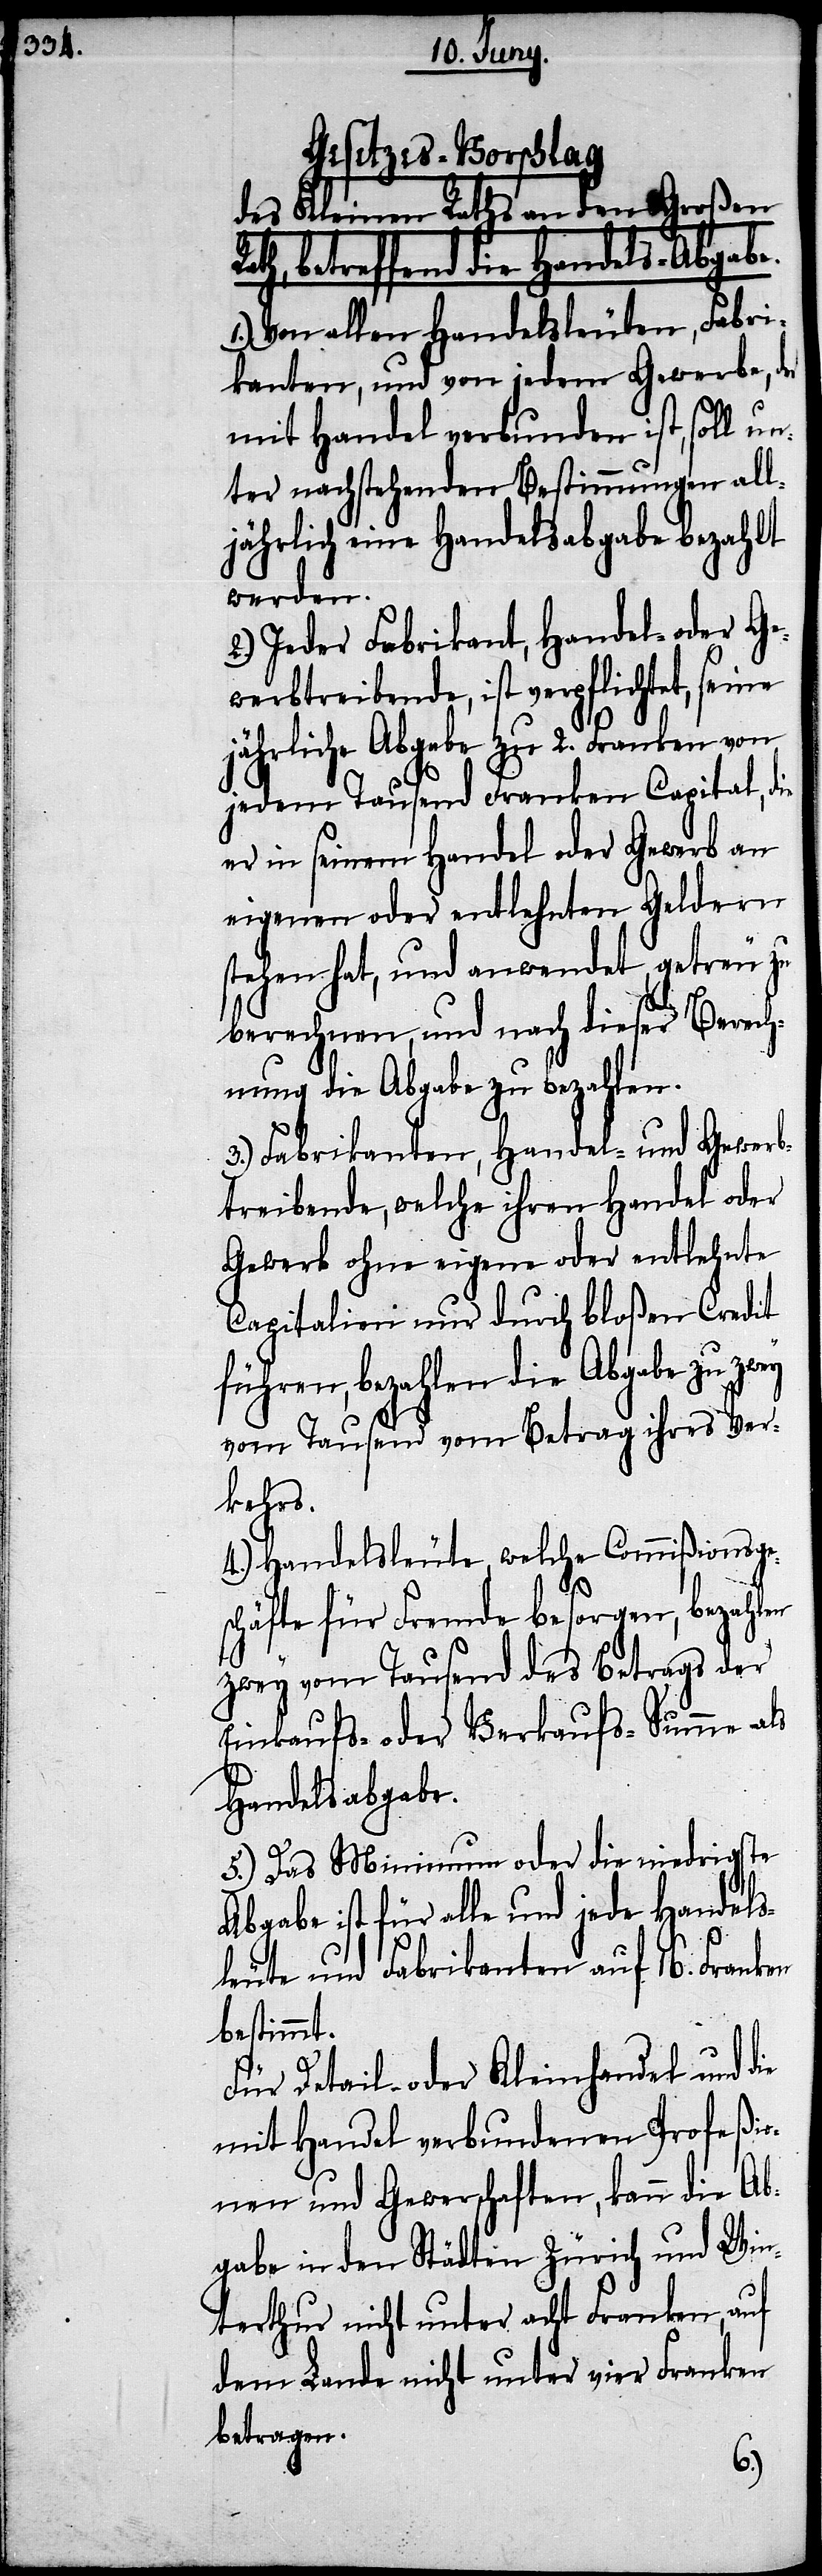
Gesetzes-Vorschlag
des Kleinen Raths an den Großen
ath, betreffend die Handels-Abgabe.
1.) Von allen Handelsleuten, Fabri¬
kanten, und von jedem Gewerbe, der
mit Handel verbunden ist, soll un¬
ter nachstehenden Bestimmungen all¬
jährlich eine Handelsabgabe bezahlt
werden.
2.) Jeder Fabrikant, Handel- oder Ge¬
werbtreibende, ist verpflichtet, seine
jährliche Abgabe zu 2. Franken von
jedem Tausend Franken Capital, die
er in seinem Handel oder Gewerb an
eigenen oder entlehnten Geldern
stehen hat, und anwendet, getreu zu
berechnen, und nach dieser Berech¬
nung die Abgabe zu bezahlen.
3.) Fabrikanten, Handel- und Gewerb¬
treibende, welche ihren Handel oder
Gewerb ohne eigene oder entlehnte
Capitalien nur durch bloßen Credit
führen, bezahlen die Abgabe zu zwey
vom Tausend vom Betrag ihres Ver¬
kehrs.
4.) Handelsleute, welche Commißionsge¬
schäfte für Fremde besorgen, bezahlen
zwey vom Tausend des Betrags der
Einkaufs- oder Verkaufs-Summe als
Handelsabgabe.
5.) Das Minimum oder die niedrigste
Abgabe ist für alle und jede Handels¬
leute und Fabrikanten auf 16. Franken
bestimmt.
Für Detail- oder Kleinhandel und die
mit Handel verbundenen Profeßio¬
nen mit Gewer[b]schaften, kann die Ab¬
gabe in den Städten Zürich und Win¬
terthur nicht unter acht Franken, auf
dem Lande nicht unter vier Franken
betragen.
R¬